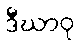
ဒီဃာဝု